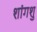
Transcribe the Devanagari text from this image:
शांगशु